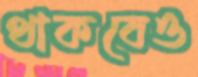
থাকবেও